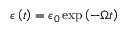
\epsilon \left( t \right) = \epsilon _ { 0 } \exp \left( - \Omega t \right)